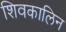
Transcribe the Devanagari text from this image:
शिवकालिन